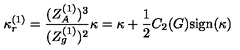
\kappa _ { r } ^ { ( 1 ) } = \frac { ( Z _ { A } ^ { ( 1 ) } ) ^ { 3 } } { ( Z _ { g } ^ { ( 1 ) } ) ^ { 2 } } \kappa = \kappa + \frac { 1 } { 2 } C _ { 2 } ( G ) \mathrm { s i g n } ( \kappa )